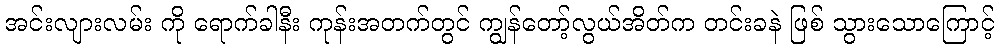
အင်းလျားလမ်း ကို ရောက်ခါနီး ကုန်းအတက်တွင် ကျွန်တော့်လွယ်အိတ်က တင်းခနဲ ဖြစ် သွားသောကြောင့်